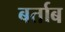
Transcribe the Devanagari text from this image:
बर्ताब